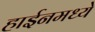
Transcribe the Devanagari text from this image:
हाईनमध्ये